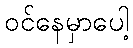
ဝင်နေမှာပေါ့